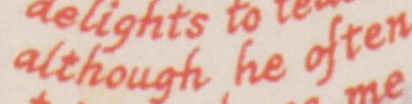
although he often